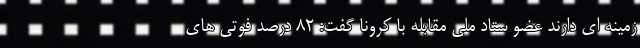
زمینه ای دارند عضو ستاد ملی مقابله با کرونا گفت: ۸۲ درصد فوتی های